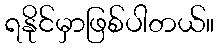
ရနိုင်မှာဖြစ်ပါတယ်။